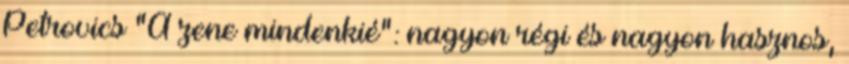
Petrovics "A zene mindenkié": nagyon régi és nagyon hasznos,